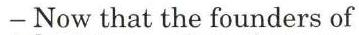
− Now that the founders of